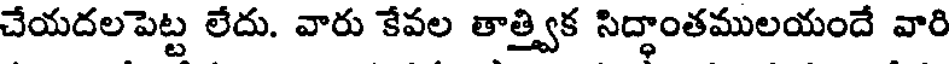
చేయదలపెట్ట లేదు. వారు కేవల తాత్త్విక సిద్ధాంతములయందే వారి